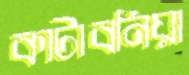
কাটাবনিয়া